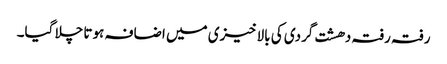
رفتہ رفتہ دھشت گردی کی بالاخیزی میں اضافہ ہوتا چلا گیا۔